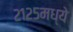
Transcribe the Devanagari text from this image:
२१२५मध्ये